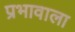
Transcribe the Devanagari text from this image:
प्रभावाला